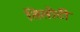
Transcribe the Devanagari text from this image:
तिलोटी